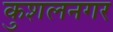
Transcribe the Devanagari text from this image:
कुशलनगर